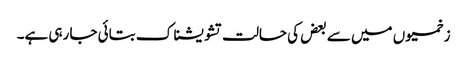
زخمیوں میں سے بعض کی حالت تشویشناک بتائی جا رہی ہے۔